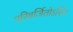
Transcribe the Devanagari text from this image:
परिवर्जितोऽसि।